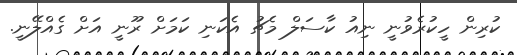
ކުރިން ހީކުރެވުނީ ނިއު ކާސަލް މެޗު އެކަނި ކަމަށް ރޫނީ އަށް ގެއްލޭނީ.